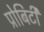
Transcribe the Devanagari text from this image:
प्रोबिटी